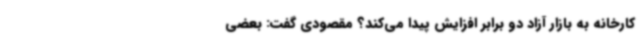
کارخانه به بازار آزاد دو برابر افزایش پیدا می‌کند؟ مقصودی گفت: بعضی